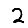
Digit: 2